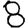
Digit: 8